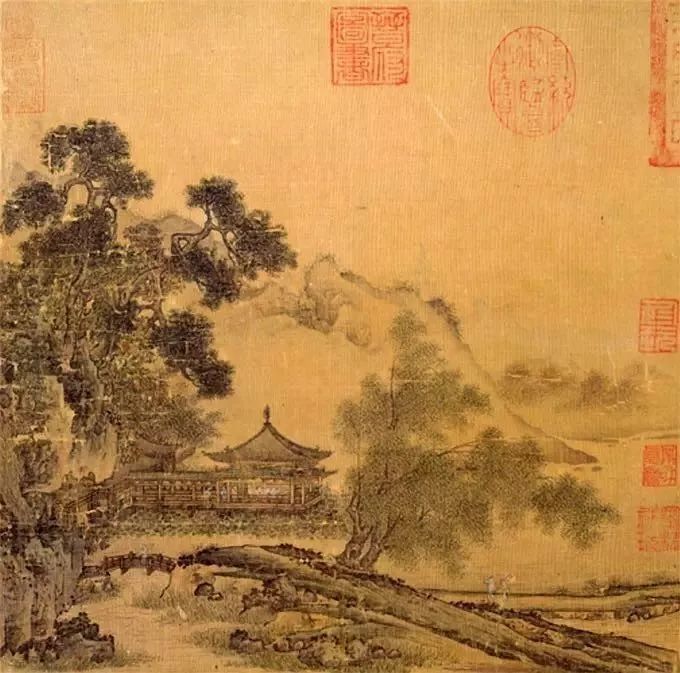
人生有情泪沾臆，江水江花岂终极！